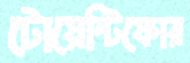
টোয়েন্টিফোর